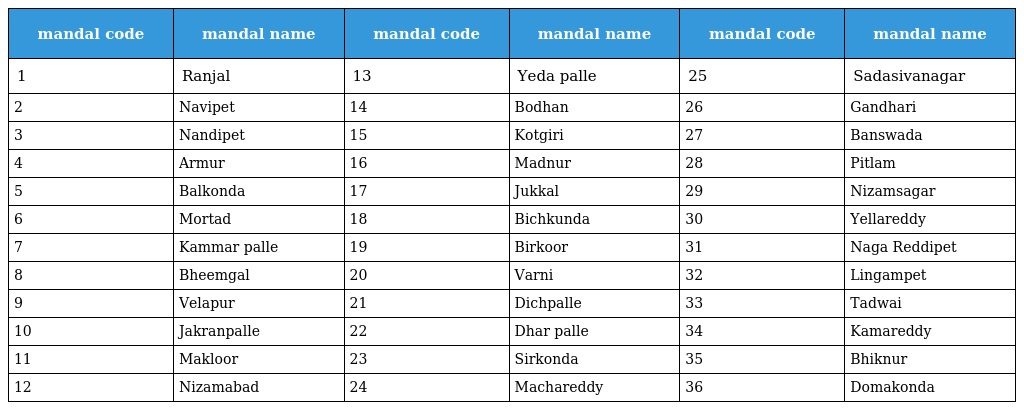
| mandal code | mandal name | mandal code | mandal name | mandal code | mandal name |
 | --- | --- | --- | --- | --- | --- |
 | 1 | Ranjal | 13 | Yeda palle | 25 | Sadasivanagar |
 | 2 | Navipet | 14 | Bodhan | 26 | Gandhari |
 | 3 | Nandipet | 15 | Kotgiri | 27 | Banswada |
 | 4 | Armur | 16 | Madnur | 28 | Pitlam |
 | 5 | Balkonda | 17 | Jukkal | 29 | Nizamsagar |
 | 6 | Mortad | 18 | Bichkunda | 30 | Yellareddy |
 | 7 | Kammar palle | 19 | Birkoor | 31 | Naga Reddipet |
 | 8 | Bheemgal | 20 | Varni | 32 | Lingampet |
 | 9 | Velapur | 21 | Dichpalle | 33 | Tadwai |
 | 10 | Jakranpalle | 22 | Dhar palle | 34 | Kamareddy |
 | 11 | Makloor | 23 | Sirkonda | 35 | Bhiknur |
 | 12 | Nizamabad | 24 | Machareddy | 36 | Domakonda |